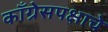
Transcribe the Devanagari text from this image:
काँग्रेसपक्षाचे